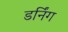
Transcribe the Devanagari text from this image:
डर्निंग